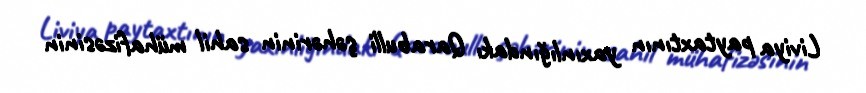
Liviya paytaxtının yaxınlığındakı Qarabulli şəhərinin sahil mühafizəsinin